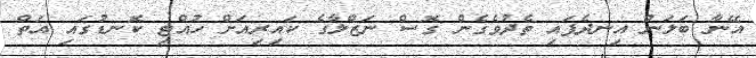
އޭނާ ބަލަން އިނދެފައި ތެދުވެގެން ގޮސް ނަޒްލާގެ ކައިރިއަށް ހުއްޓި ކޮނޑުގައި އަތް